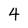
Character: 4